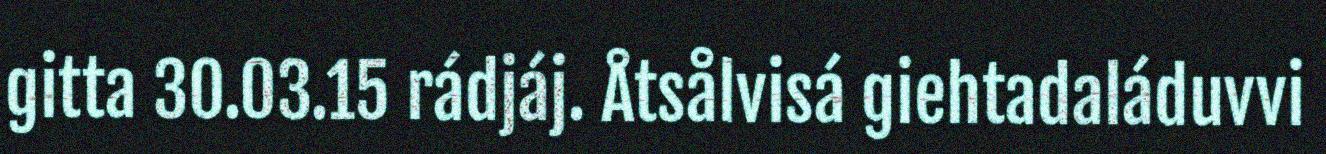
gitta 30.03.15 rádjáj. Åtsålvisá giehtadaláduvvi